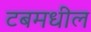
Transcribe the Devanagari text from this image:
टबमधील